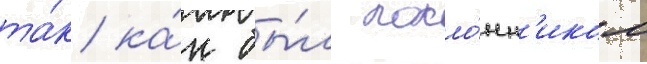
та́к ка́к бы́л покло́нн'иком